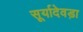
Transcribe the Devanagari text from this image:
सूर्यादेवड़ा